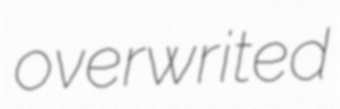
overwrited